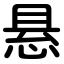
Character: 悬